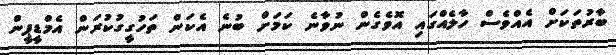
ބާރުތަކަށް އެއްވެސް ހާލެއްގައި އޮވެގެން ނުވާނެ ކަމަށް ބުނެ އެކަން ތަހުގީގުކުރަން އެމްޑީޕީން